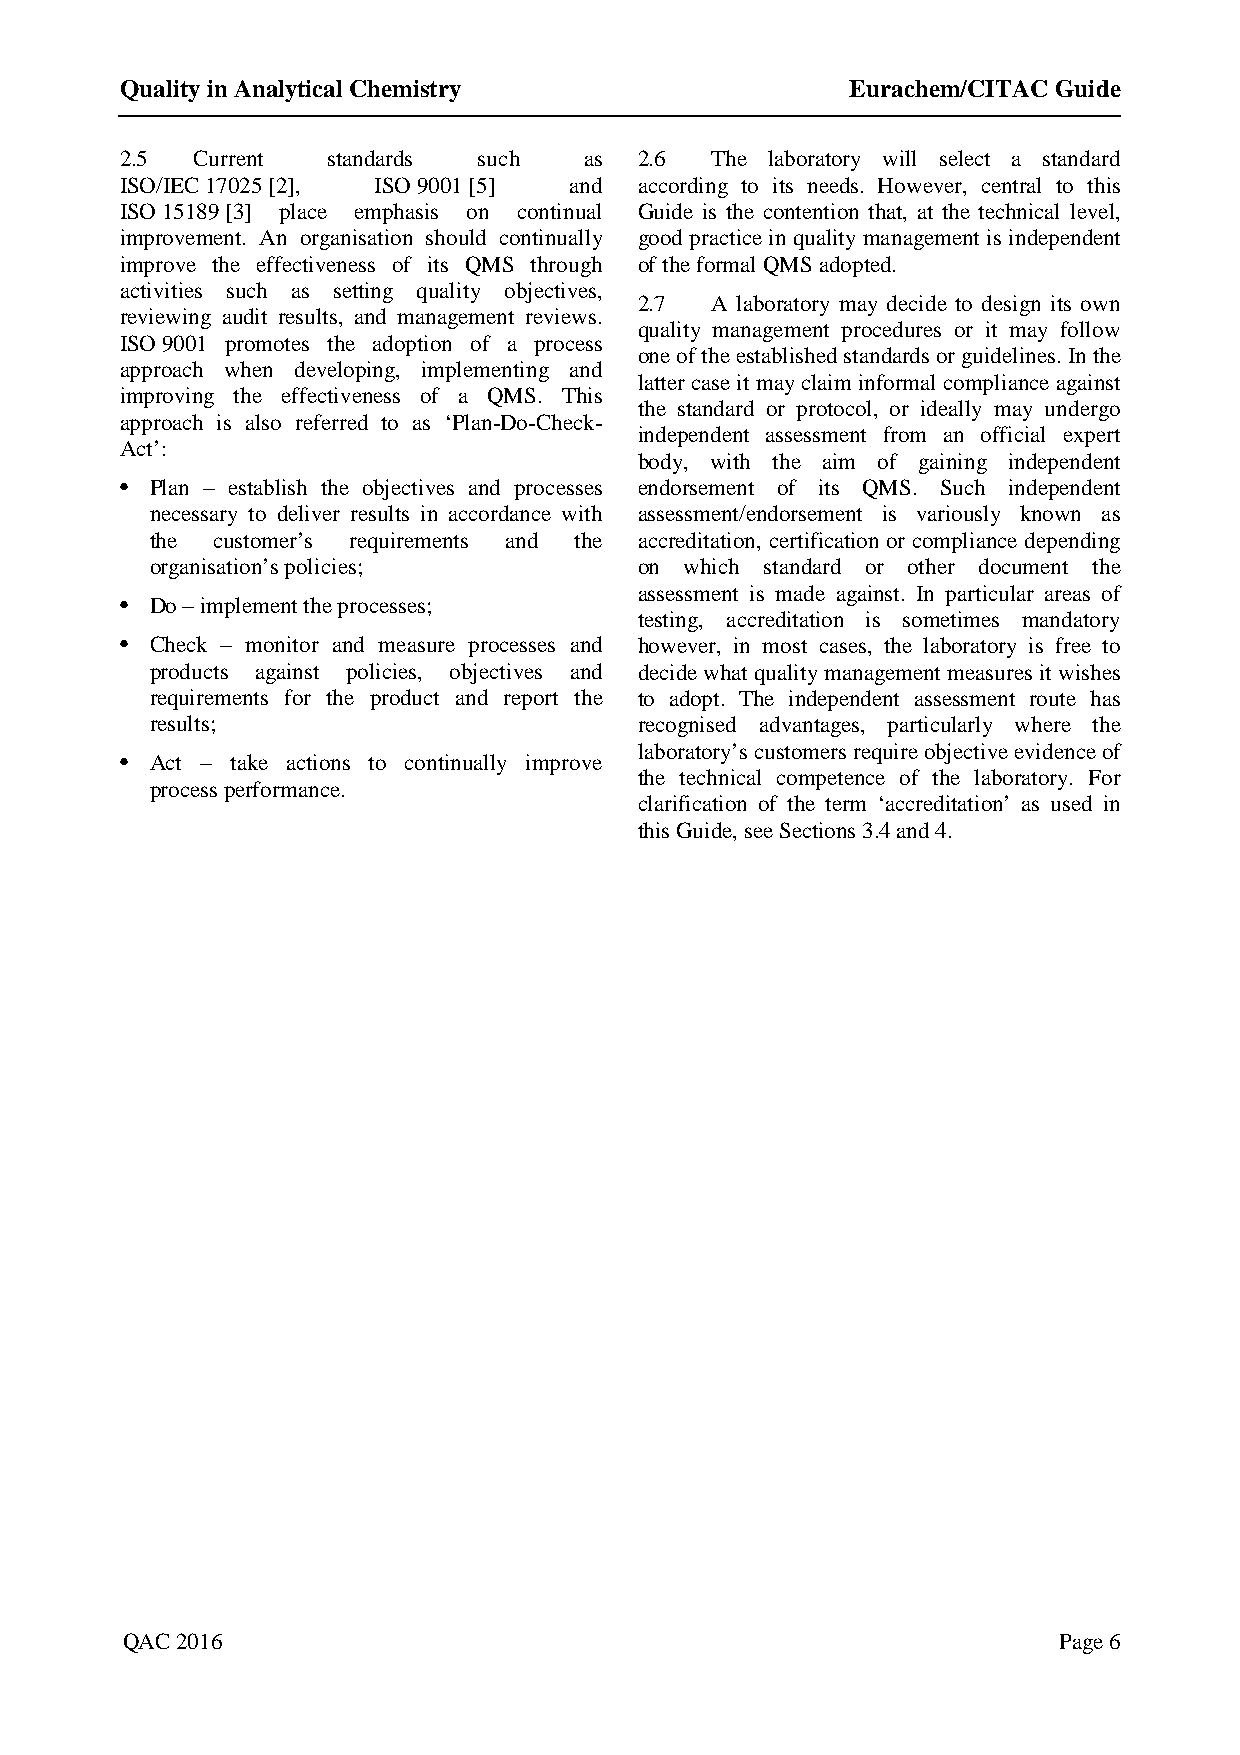
Quality in Analytical Chemistry                 Eurachem/CITAC Guide
 2.5  Current  standards such   as 2.6  The laboratory will select a standard
 ISO/IEC 17025 [2], ISO 9001 [5] and according to its needs. However, central to this
 ISO 15189 [3] place emphasis on continual Guide is the contention that, at the technical level,
 improvement. An organisation should continually good practice in quality management is independent
 improve the effectiveness of its QMS through of the formal QMS adopted.
 activities such as setting quality objectives,
 2.7  A laboratory may decide to design its own
 reviewing audit results, and management reviews.
 quality management procedures or it may follow
 ISO 9001 promotes the adoption of a process
 one of the established standards or guidelines. In the
 approach when developing, implementing and
 latter case it may claim informal compliance against
 improving the effectiveness of a QMS. This
 the standard or protocol, or ideally may undergo
 approach is also referred to as ‘Plan-Do-Check-
 independent assessment from an official expert
 Act’:
 body, with the aim of gaining independent
 • Plan – establish the objectives and processes endorsement of its QMS. Such independent
 necessary to deliver results in accordance with assessment/endorsement is variously known as
 the customer’s requirements and the accreditation, certification or compliance depending
 organisation’s policies;        on which standard or other document the
 assessment is made against. In particular areas of
 • Do – implement the processes;
 testing, accreditation is sometimes mandatory
 • Check – monitor and measure processes and however, in most cases, the laboratory is free to
 products against policies, objectives and decide what quality management measures it wishes
 requirements for the product and report the to adopt. The independent assessment route has
 results;                        recognised advantages, particularly where the
 laboratory’s customers require objective evidence of
 • Act – take actions to continually improve
 the technical competence of the laboratory. For
 process performance.
 clarification of the term ‘accreditation’ as used in
 this Guide, see Sections 3.4 and 4.
 QAC 2016                                                      Page 6